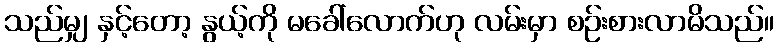
သည်မျှ နှင့်တော့ နွယ့်ကို မခေါ်လောက်ဟု လမ်းမှာ စဉ်းစားလာမိသည်။